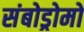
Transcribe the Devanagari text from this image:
संबोड्रोमो